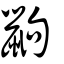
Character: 鼩